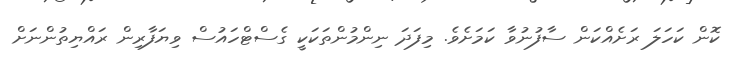
ކޮން ކަހަލަ ރަށެއްކަން ސާފުނުވާ ކަަމަށެވެ. މިފަދަ ނިންމުންތަކަކީ ގެސްޓްހައުސް ވިޔަފާރިން ރައްޔިތުންނަށް